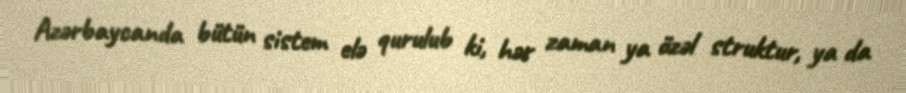
Azərbaycanda bütün sistem elə qurulub ki, hər zaman ya özəl struktur, ya da